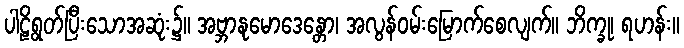
ပါဠိရွတ်ပြီးသောအဆုံး၌။ အဗ္ဘာနုမောဒေန္တော၊ အလွန်ဝမ်းမြောက်စေလျက်။ ဘိက္ခု၊ ရဟန်း။